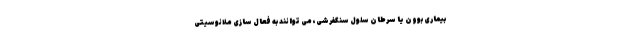
بیماری بوون یا سرطان سلول سنگفرشی، می توانند به فعال سازی ملانوسیتی